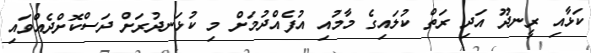
ކަޅާއި ރީނދޫ އަދި ރަތް ކުލައިގެ މާމުއި އުފެއްދުމަށް މި ކުޅަނދުރަށް ދަސްކޮށްދެއްވައި